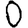
Digit: 0